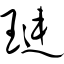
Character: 琏